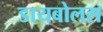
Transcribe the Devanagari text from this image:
डायबोलस